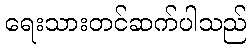
ရေးသားတင်ဆက်ပါသည်